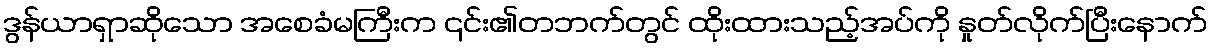
ဒွန်ယာရှာဆိုသော အစေခံမကြီးက ၎င်း၏တဘက်တွင် ထိုးထားသည့်အပ်ကို နှုတ်လိုက်ပြီးနောက်